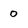
Character: 0